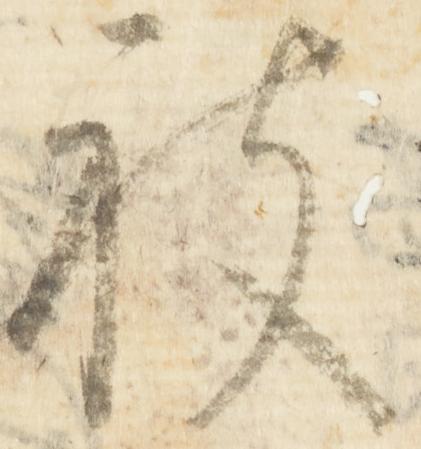
被